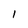
Character: I